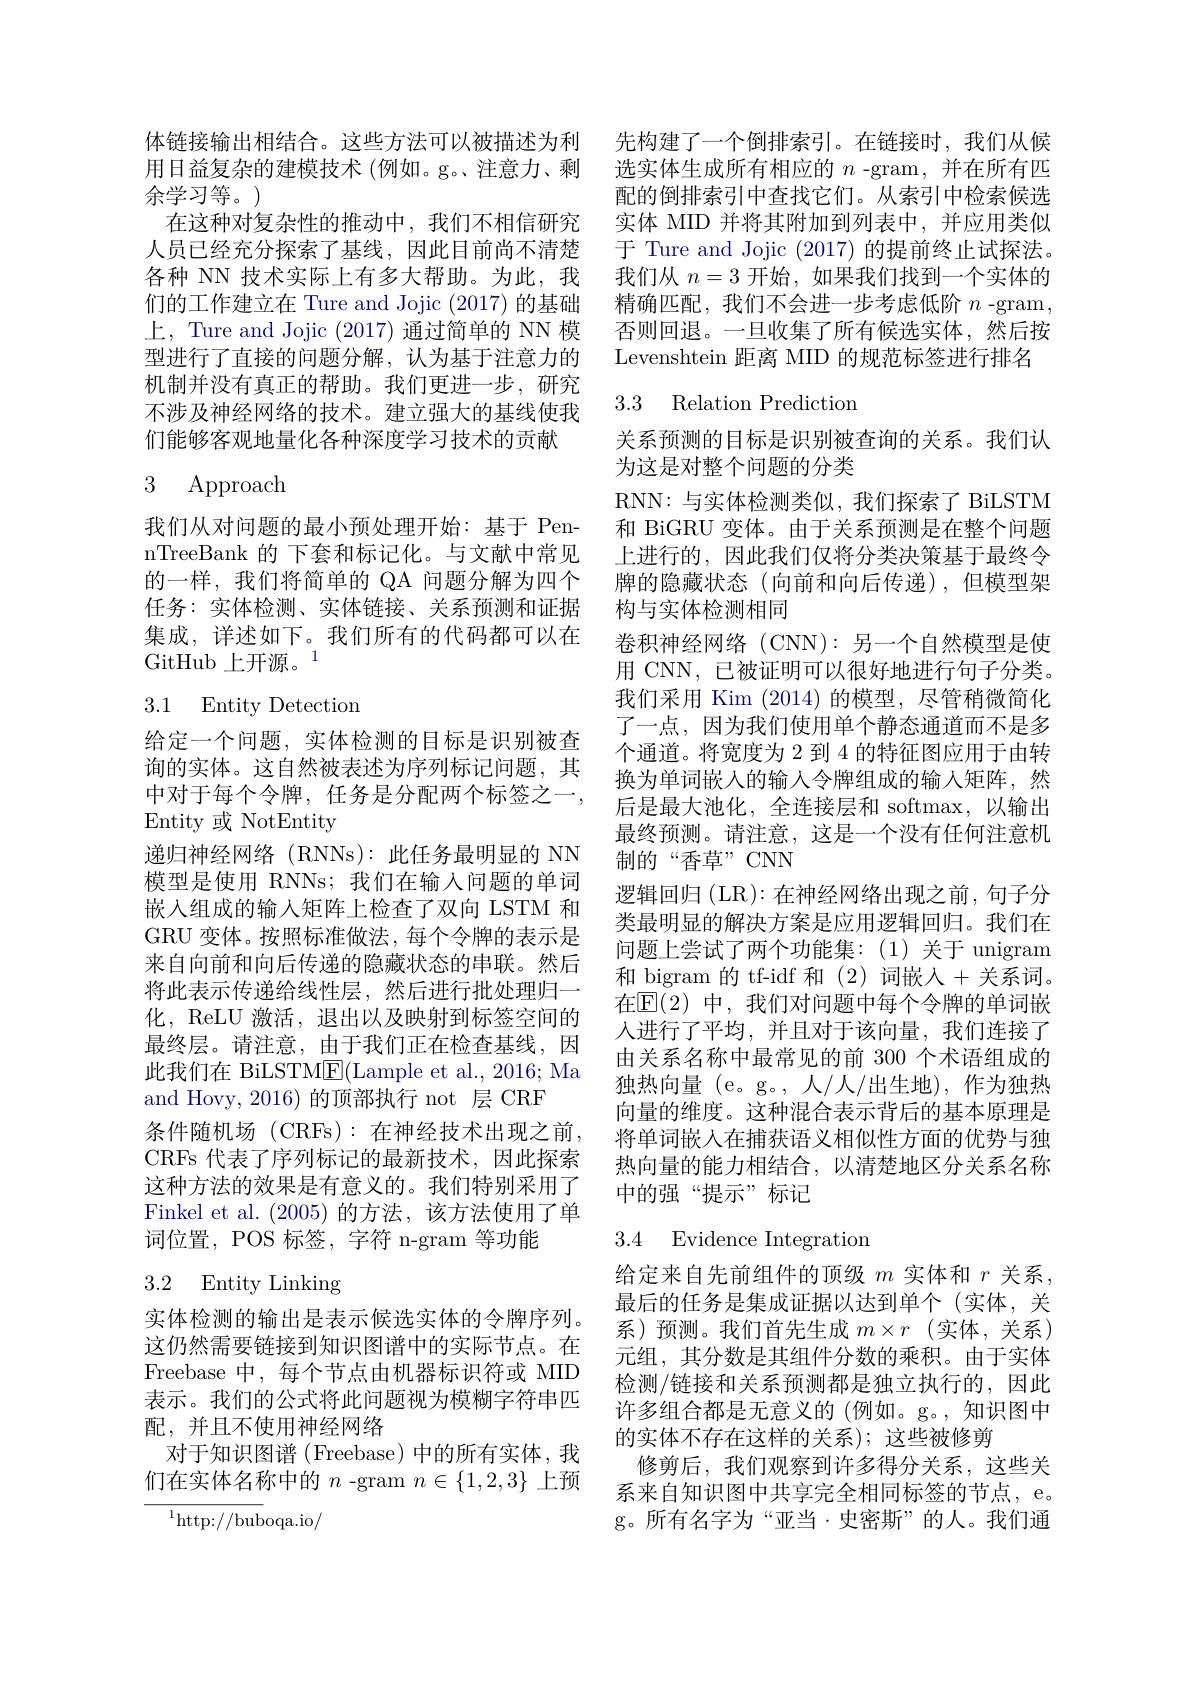
余学习等。)
在这种对复杂性的推动中，我们不相信研究人员已经充分探索了基线，因此目前尚不清楚各种 NN 技术实际上有多大帮助。为此，我们的工作建立在 Ture and Jojic (2017)的基础上，Ture and Jojic (2017)通过简单的 NN 模型进行了直接的问题分解，认为基于注意力的机制并没有真正的帮助。我们更进一步，研究不涉及神经网络的技术。建立强大的基线使我们能够客观地量化各种深度学习技术的贡献

## 3 Approach

我们从对问题的最小预处理开始：基于 PennTreeBank 的 下套和标记化。与文献中常见的一样，我们将简单的 QA 问题分解为四个任务：实体检测、实体链接、关系预测和证据集成，详述如下。我们所有的代码都可以在GitHub 上开源。1

## 3.1 Entity Detection

给定一个问题，实体检测的目标是识别被查询的实体。这自然被表述为序列标记问题，其中对于每个令牌，任务是分配两个标签之一， Entity 或 NotEntity
递归神经网络(RNNs):此任务最明显的 NN 模型是使用 RNNs;我们在输入问题的单词嵌入组成的输入矩阵上检查了双向 LSTM 和GRU 变体。按照标准做法，每个令牌的表示是来自向前和向后传递的隐藏状态的串联。然后将此表示传递给线性层，然后进行批处理归一化，ReLU 激活，退出以及映射到标签空间的最终层。请注意，由于我们正在检查基线，因此我们在 BiLSTME(Lample et al., 2016; Ma and Hovy, 2016) 的顶部执行 not 层 CRF
条件随机场(CRFs):在神经技术出现之前， CRFs 代表了序列标记的最新技术，因此探索这种方法的效果是有意义的。我们特别采用了Finkel et al. (2005)的方法，该方法使用了单词位置，POS 标签，字符 n-gram 等功能

# 3.2 Entity Linking

实体检测的输出是表示候选实体的令牌序列。这仍然需要链接到知识图谱中的实际节点。在Freebase 中，每个节点由机器标识符或 MID 表示。我们的公式将此问题视为模糊字符串匹配，并且不使用神经网络
对于知识图谱 (Freebase) 中的所有实体，我们在实体名称中的$n$ -gram $n\in\{1,2,3\}$上预

$^{1}$http://buboqa.io/

体链接输出相结合。这些方法可以被描述为利 先构建了一个倒排索引。在链接时，我们从候用日益复杂的建模技术 (例如。g。、注意力、剩 选实体生成所有相应的$n$ -gram, 并在所有匹
配的倒排索引中查找它们。从索引中检索候选实体 MID 并将其附加到列表中，并应用类似于 Ture and Jojic (2017)的提前终止试探法。我们从$n=3$开始，如果我们找到一个实体的精确匹配，我们不会进一步考虑低阶$n$ -gram , 否则回退。一旦收集了所有候选实体，然后按Levenshtein 距离 MID 的规范标签进行排名

### 3.3 Relation Prediction

关系预测的目标是识别被查询的关系。我们认
为这是对整个问题的分类
RNN:与实体检测类似，我们探索了 BiLSTM 和 BiGRU 变体。由于关系预测是在整个问题上进行的，因此我们仅将分类决策基于最终令牌的隐藏状态(向前和向后传递),但模型架构与实体检测相同
卷积神经网络 (CNN): 另一个自然模型是使用 CNN, 已被证明可以很好地进行句子分类。我们采用 Kim (2014)的模型，尽管稍微简化了一点，因为我们使用单个静态通道而不是多个通道。将宽度为 2 到 4 的特征图应用于由转换为单词嵌人的输入令牌组成的输入矩阵，然后是最大池化，全连接层和 softmax,以输出最终预测。请注意，这是一个没有任何注意机制的“香草”CNN
逻辑回归 (LR):在神经网络出现之前，句子分类最明显的解决方案是应用逻辑回归。我们在问题上尝试了两个功能集：(1)关于 unigram 和 bigram 的 tf-idf 和 (2)词嵌入 + 关系词。在$\mathbb{E}(2)$ 中，我们对问题中每个令牌的单词嵌人进行了平均，并且对于该向量，我们连接了由关系名称中最常见的前 300 个术语组成的独热向量 (e。g。, 人/人/出生地), 作为独热向量的维度。这种混合表示背后的基本原理是将单词嵌人在捕获语义相似性方面的优势与独热向量的能力相结合，以清楚地区分关系名称中的强“提示”标记

## 3.4 Evidence Integration

给定来自先前组件的顶级$m$实体和$r$关系， 最后的任务是集成证据以达到单个(实体，关系)预测。我们首先生成$m\times r$ (实体，关系) 元组，其分数是其组件分数的乘积。由于实体检测/链接和关系预测都是独立执行的，因此许多组合都是无意义的(例如。g。,知识图中的实体不存在这样的关系); 这些被修剪
修剪后，我们观察到许多得分关系，这些关系来自知识图中共享完全相同标签的节点，e。g。所有名字为“亚当·史密斯”的人。我们通